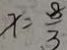
x = \frac { 8 } { 3 }